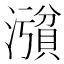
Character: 𪷪